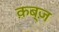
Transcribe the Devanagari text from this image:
क़ब्ज़